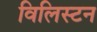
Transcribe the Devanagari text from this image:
विलिस्टन